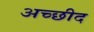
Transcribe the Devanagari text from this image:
अच्छीद